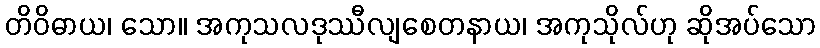
တိဝိဓာယ၊ သော။ အကုသလဒုဿီလျစေတနာယ၊ အကုသိုလ်ဟု ဆိုအပ်သော